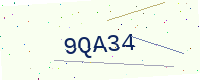
Text: 9QA34